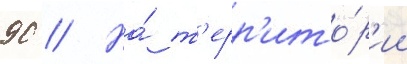
90 // На́ т'ерр'ито́р'ии